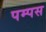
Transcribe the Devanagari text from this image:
पम्पस